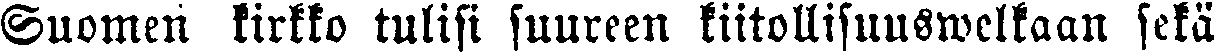
Suomen kirkko tulisi suureen kiitollisuuswelkaan sekä